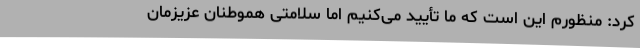
کرد:‌ منظورم این است که ما تأیید می‌کنیم اما سلامتی هموطنان عزیزمان